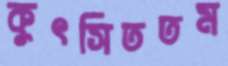
কুৎসিততম